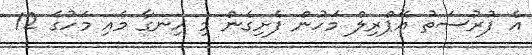
އެ ފުރުސަތު އޭޕްރިލް މަހުން ފެށިގެން މި ހިނގާ މެއި މަހުގެ 12